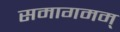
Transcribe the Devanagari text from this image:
समागमम्